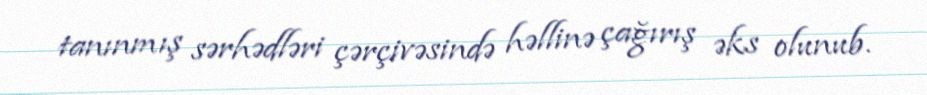
tanınmış sərhədləri çərçivəsində həllinə çağırış əks olunub.